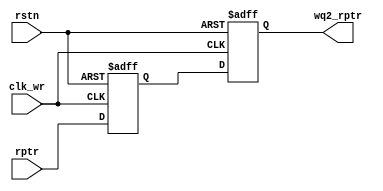
module sync_r2w

#(
    parameter ADDSIZE = 4 
)

(
    input [ADDSIZE-1:0] rptr,
    input clk_wr,rstn,
    
    output  [ADDSIZE-1:0] wq2_rptr

);

//use two DFF 

reg [ADDSIZE-1:0] wq1_rptr;
reg [ADDSIZE-1:0] wq2_rptr;

always @(posedge clk_wr or negedge rstn) begin

    if (!rstn) begin
        {wq2_rptr,wq1_rptr} <= 0;
    end
    else begin
        {wq2_rptr,wq1_rptr} <= {wq1_rptr,rptr};// synchronize read pointer to write clock domain
    end
    
end


endmodule